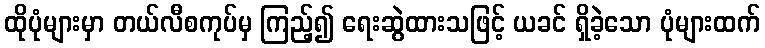
ထိုပုံများမှာ တယ်လီစကုပ်မှ ကြည့်၍ ရေးဆွဲထားသဖြင့် ယခင် ရှိခဲ့သော ပုံများထက်